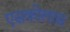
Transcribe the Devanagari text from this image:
एसकोलास